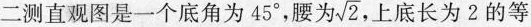
二测直观图是一个底角为45°，腰为 $$\sqrt{2}$$ ，上底长为2的等